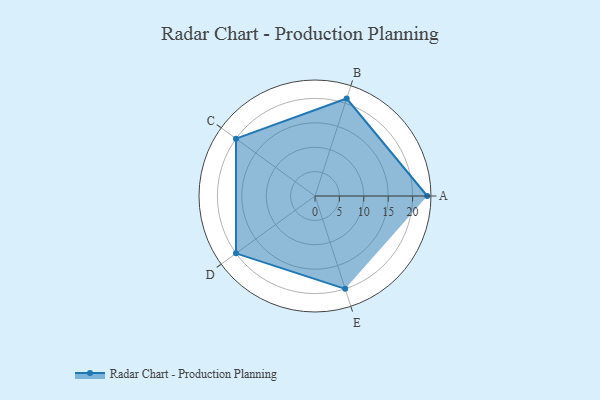
{"axis": {"x": "Skill", "y": "Score"}, "legend": ["Profile"], "data": [{"x": "A", "y": 23.0, "type": "Profile"}, {"x": "B", "y": 21.0, "type": "Profile"}, {"x": "C", "y": 20, "type": "Profile"}, {"x": "D", "y": 20, "type": "Profile"}, {"x": "E", "y": 20, "type": "Profile"}]}